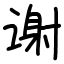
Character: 谢